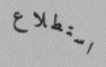
استطلاع